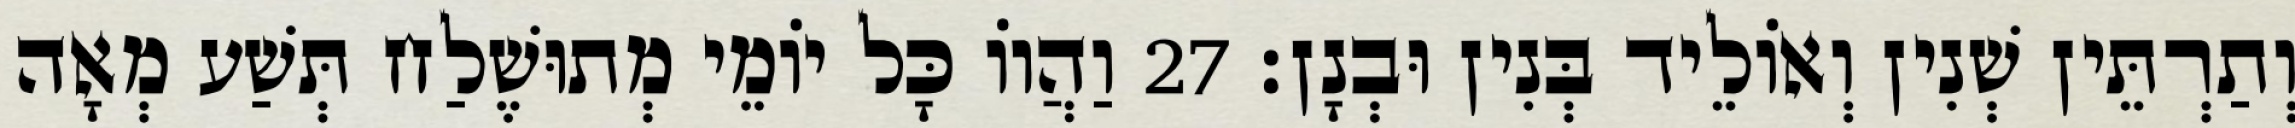
וְתַרְתֵּין שְׁנִין וְאוֹלֵיד בְּנִין וּבְנָן׃ 27 וַהֲווֹ כָּל יוֹמֵי מְתוּשֶׁלַח תְּשַׁע מְאָה